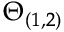
\Theta _ { ( 1 , 2 ) }